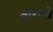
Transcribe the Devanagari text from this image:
क्षारतत्वे